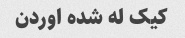
کیک له شده اوردن